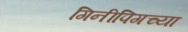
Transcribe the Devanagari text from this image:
गिनीपिगच्या